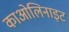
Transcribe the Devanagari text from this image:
काओलिनाइट